Preliminary report on the killing of rats and rat fleas by hydrocyanic acid gas - Number 38
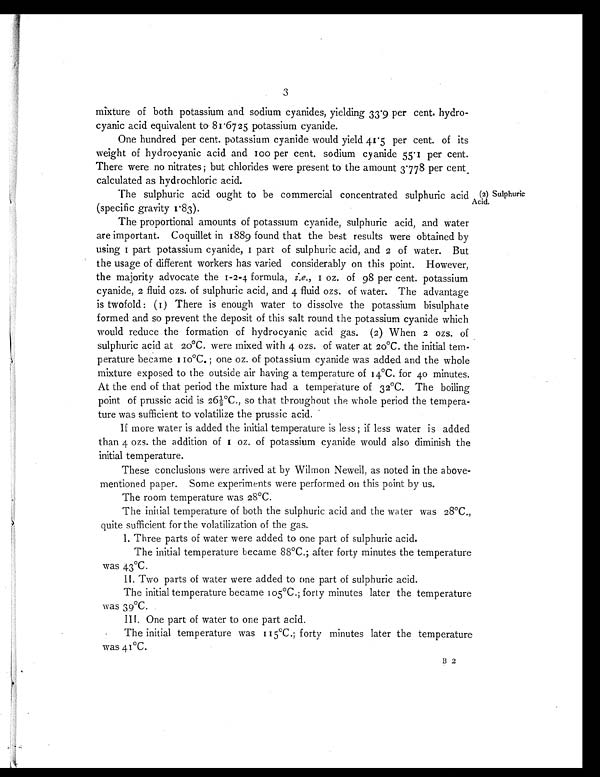
3
mixture of both potassium and sodium cyanides, yielding 33.9 per cent. hydro-
cyanic acid equivalent to 81.6725 potassium cyanide.
One hundred per cent. potassium cyanide would yield 41.5 per cent. of its
weight of hydrocyanic acid and 100 per cent. sodium cyanide 55.1 per cent.
There were no nitrates; but chlorides were present to the amount 3.778 per cent
calculated as hydrochloric acid.
The sulphuric acid ought to be commercial concentrated sulphuric acid
(specific gravity 1.83).
The proportional amounts of potassium cyanide, sulphuric acid, and water
are important. Coquillet in 1889 found that the best results were obtained by
u s i n g 1 p a r t p o t a s s i u m c y a n i d e , 1 p a r t o f s u l p h u r i c a c i d , a n d 2 o f w a t e r . B u t
the usage of different workers has varied considerably on this point. However,
the majority advocate the 1-2-4. formula, i.e., 1o z . o f 9 8 p e r c e n t . p o t a s s i u m
cyanide, 2 fluid ozs. of sulphuric acid, and 4 fluid ozs. of water. The advantage
is twofold: (1) There is enough water to dissolve the potassium bisulphate
formed and so prevent the deposit of this salt round the potassium cyanide which
would reduce the formation of hydrocyanic acid gas. (2) When 2 ozs. of
sulphuric acid at 20°C. were mixed with 4 ozs. of water at 20°C. the initial tem-
perature became 110°C. ; one oz. of potassium cyanide was added and the whole
mixture exposed to the outside air having a temperature of 14°C. for 40 minutes.
At the end of that period the mixture had a temperature of 32°C. The boiling
point of prussic acid is 26½°C., so that throughout the whole period the tempera-
ture was sufficient to volatilize the prussic acid.
If more water is added the initial temperature is less ; if less water is added
than 4 ozs. the addition of 1 oz. of potassium cyanide would also diminish the
initial temperature.
These conclusions were arrived at by Wilmon Newell, as noted in the above-
mentioned paper. Some experiments were performed on this point by us.
The room temperature was 28°C.
The initial temperature of both the sulphuric acid and the water was 28°C.,
quite sufficient for the volatilization of the gas.
I. Three parts of water were added to one part of sulphuric acid.
The initial temperature became 88°C.; after forty minutes the temperature
was 43°C.
II. Two parts of water were added to one part of sulphuric acid.
The initial temperature became 105°C.; forty minutes later the temperature
was 39°C.
III. One part of water to one part acid.
The initial temperature was 115°C.; forty minutes later the temperature
was 41°C.
(2) Sulphuric
Acid.
B 2